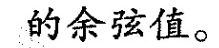
的余弦值。